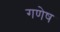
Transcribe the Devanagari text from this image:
गणेष